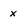
Character: x